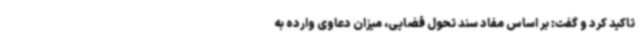
تاکید کرد و گفت: بر اساس مفاد سند تحول قضایی، میزان دعاوی وارده به